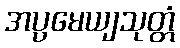
အပ္ပမေယျသုတ္တံ